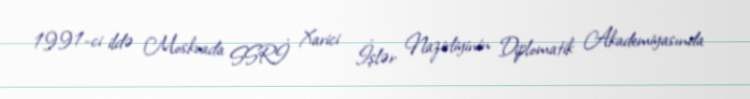
1991-ci ildə Moskvada SSRİ Xarici İşlər Nazirliyinin Diplomatik Akademiyasında